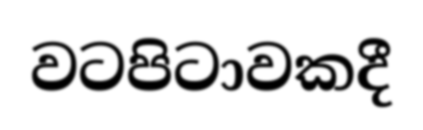
වටපිටාවකදී